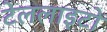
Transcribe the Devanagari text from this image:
टेललाइटों